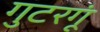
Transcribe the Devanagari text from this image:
गुटरगूं